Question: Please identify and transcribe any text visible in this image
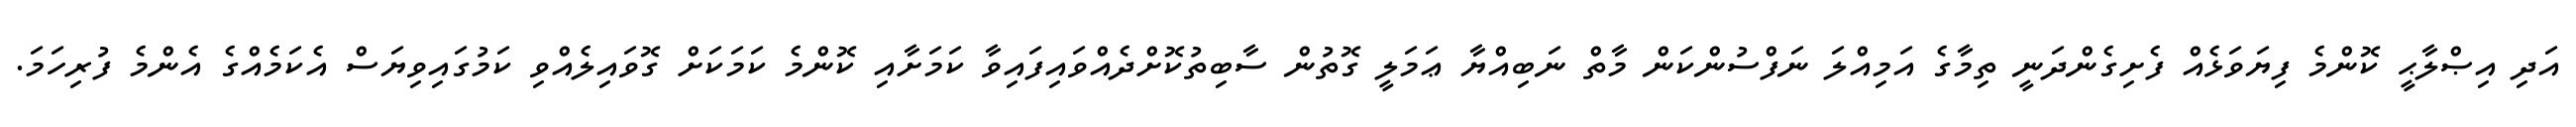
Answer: އަދި އިޞްލާޙީ ކޮންމެ ފިޔަވަޅެއް ފެށިގެންދަނީ ތިމާގެ އަމިއްލަ ނަފްސުންކަން މާތް ނަބިއްޔާ ޢަމަލީ ގޮތުން ސާބިތުކޮށްދެއްވައިފައިވާ ކަމަށާއި ކޮންމެ ކަމަކަށް ގޮވައިލެއްވި ކަމުގައިވިޔަސް އެކަމެއްގެ އެންމެ ފުރިހަމަ.